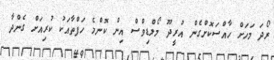
ރޯދަ މަހަށް ހާއްސަކޮށްގެން އުރީދޫ މޯލްޑިވްސް އިން ކޮންމެ ހަފްތާއަކު ކުރިއަށް ގެންދާ